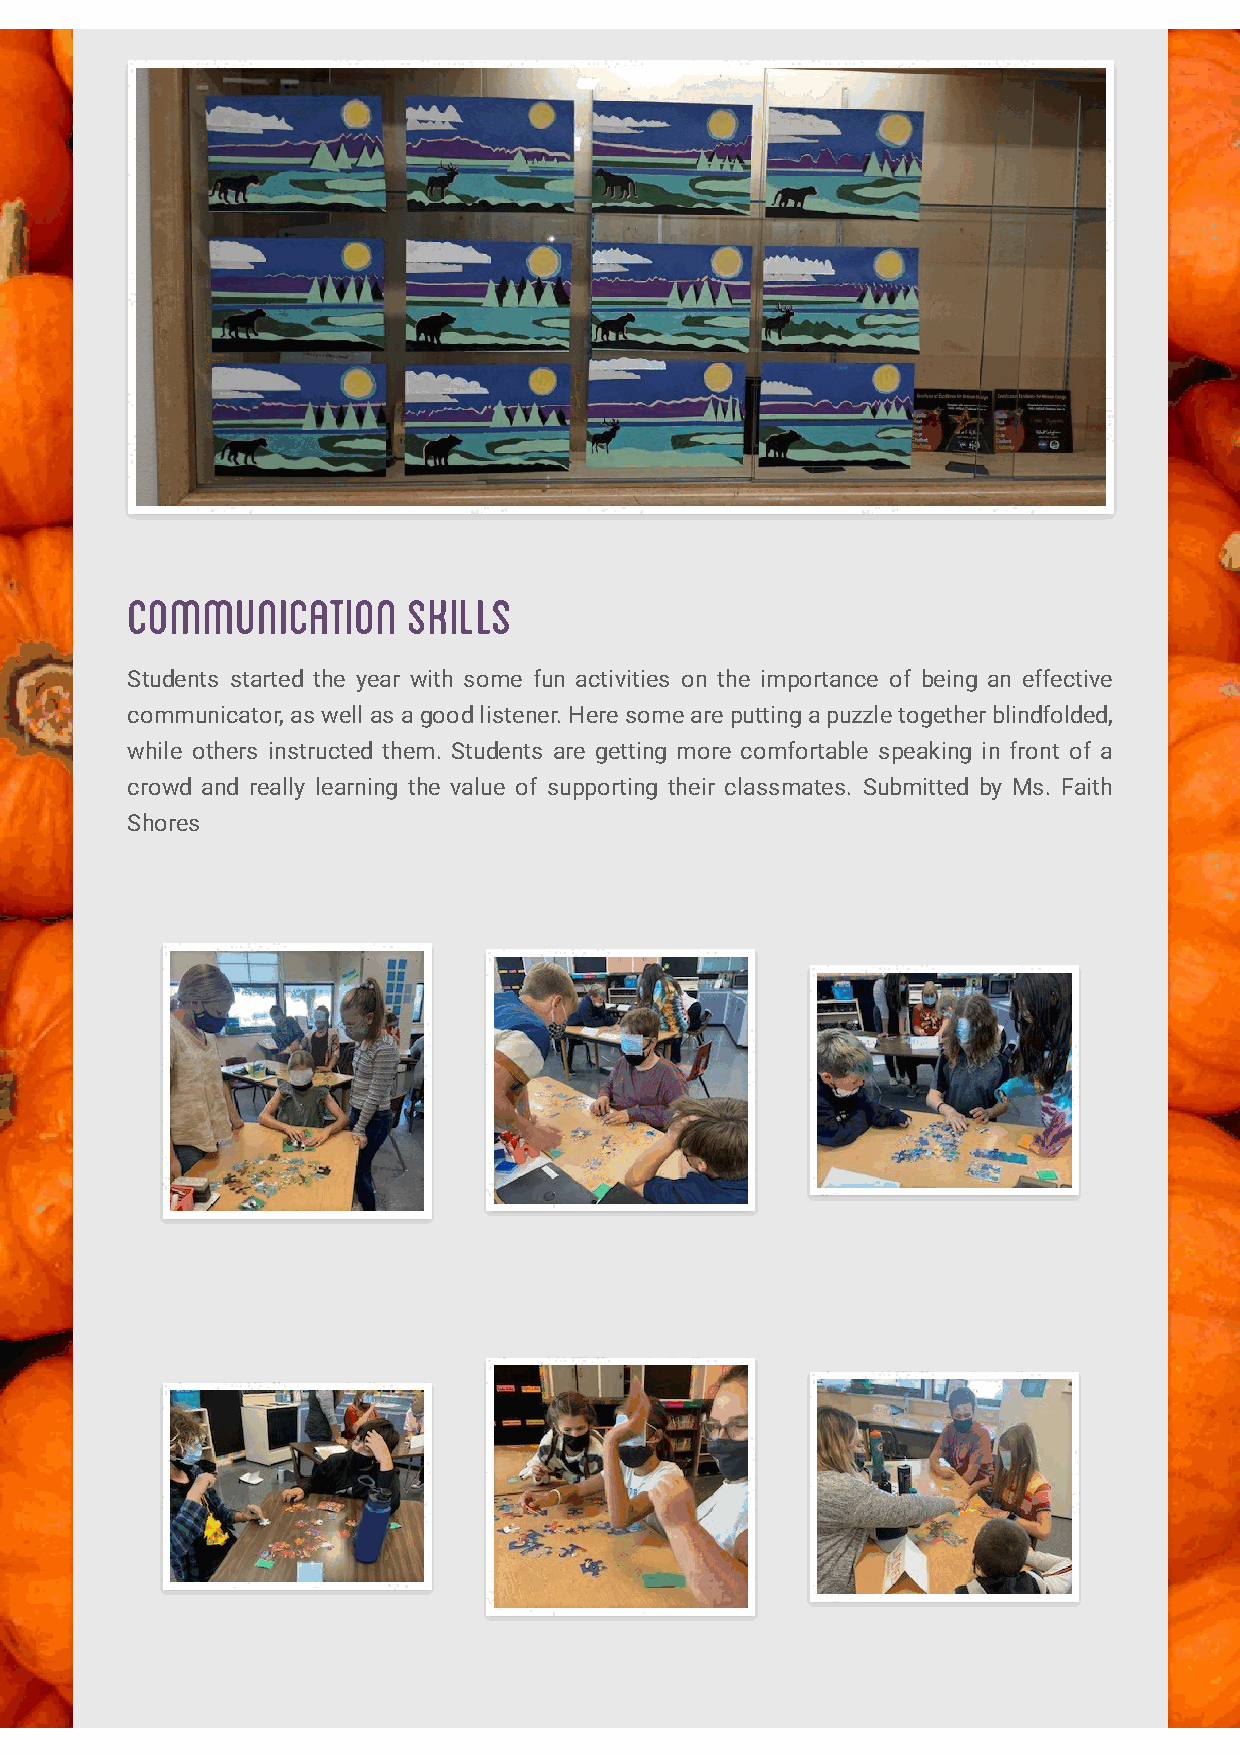
communication      skills
 Students started the year with some fun activities on the importance of being an effective
 communicator, as well as a good listener. Here some are putting a puzzle together blindfolded,
 while others instructed them. Students are getting more comfortable speaking in front of a
 crowd and really learning the value of supporting their classmates. Submitted by Ms. Faith
 Shores